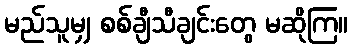
မည်သူမျှ စစ်ချီသီချင်းတွေ မဆိုကြ။